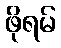
ဖိုရမ်